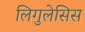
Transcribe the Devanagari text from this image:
लिगुलेसिस